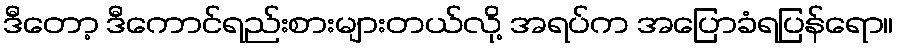
ဒီတော့ ဒီကောင်ရည်းစားများတယ်လို့ အရပ်က အပြောခံရပြန်ရော။